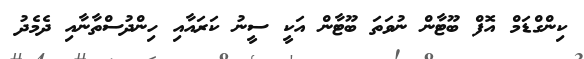
ކިންގްޑަމް އޮފް ބޫޓާން ނުވަތަ ބޫޓާން އަކީ ސީނު ކަރައާއި ހިންދުސްތާނާއި ދެމެދު